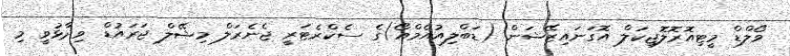
ވޯލްޑް މީޓިއޮރޮލޮޖިކަލް އޮގަނައިޒޭޝަން (ޑަބްލިއުއެމްއޯ)ގެ ސެކްރެޓަރީ ޖެނެރަލް މިޝޭލް ޖަރައުޑް ވިދާޅުވީ މި